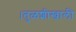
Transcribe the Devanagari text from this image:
।तुळशीखाली